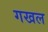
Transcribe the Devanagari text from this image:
गखल